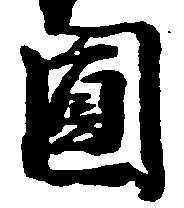
円